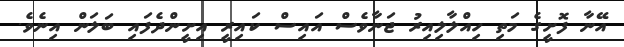
އޭނާ ފޮށީގެ މަތި ހިއްލާލިއިރު ޖަނާވެސް އައިސް ކައިރީ އިށީންދެފައި ބަލަން އިނެވެ.